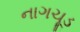
નાગચૂડ